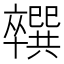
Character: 𪟼